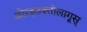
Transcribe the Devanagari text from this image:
ओरइउक्तोलागूस्